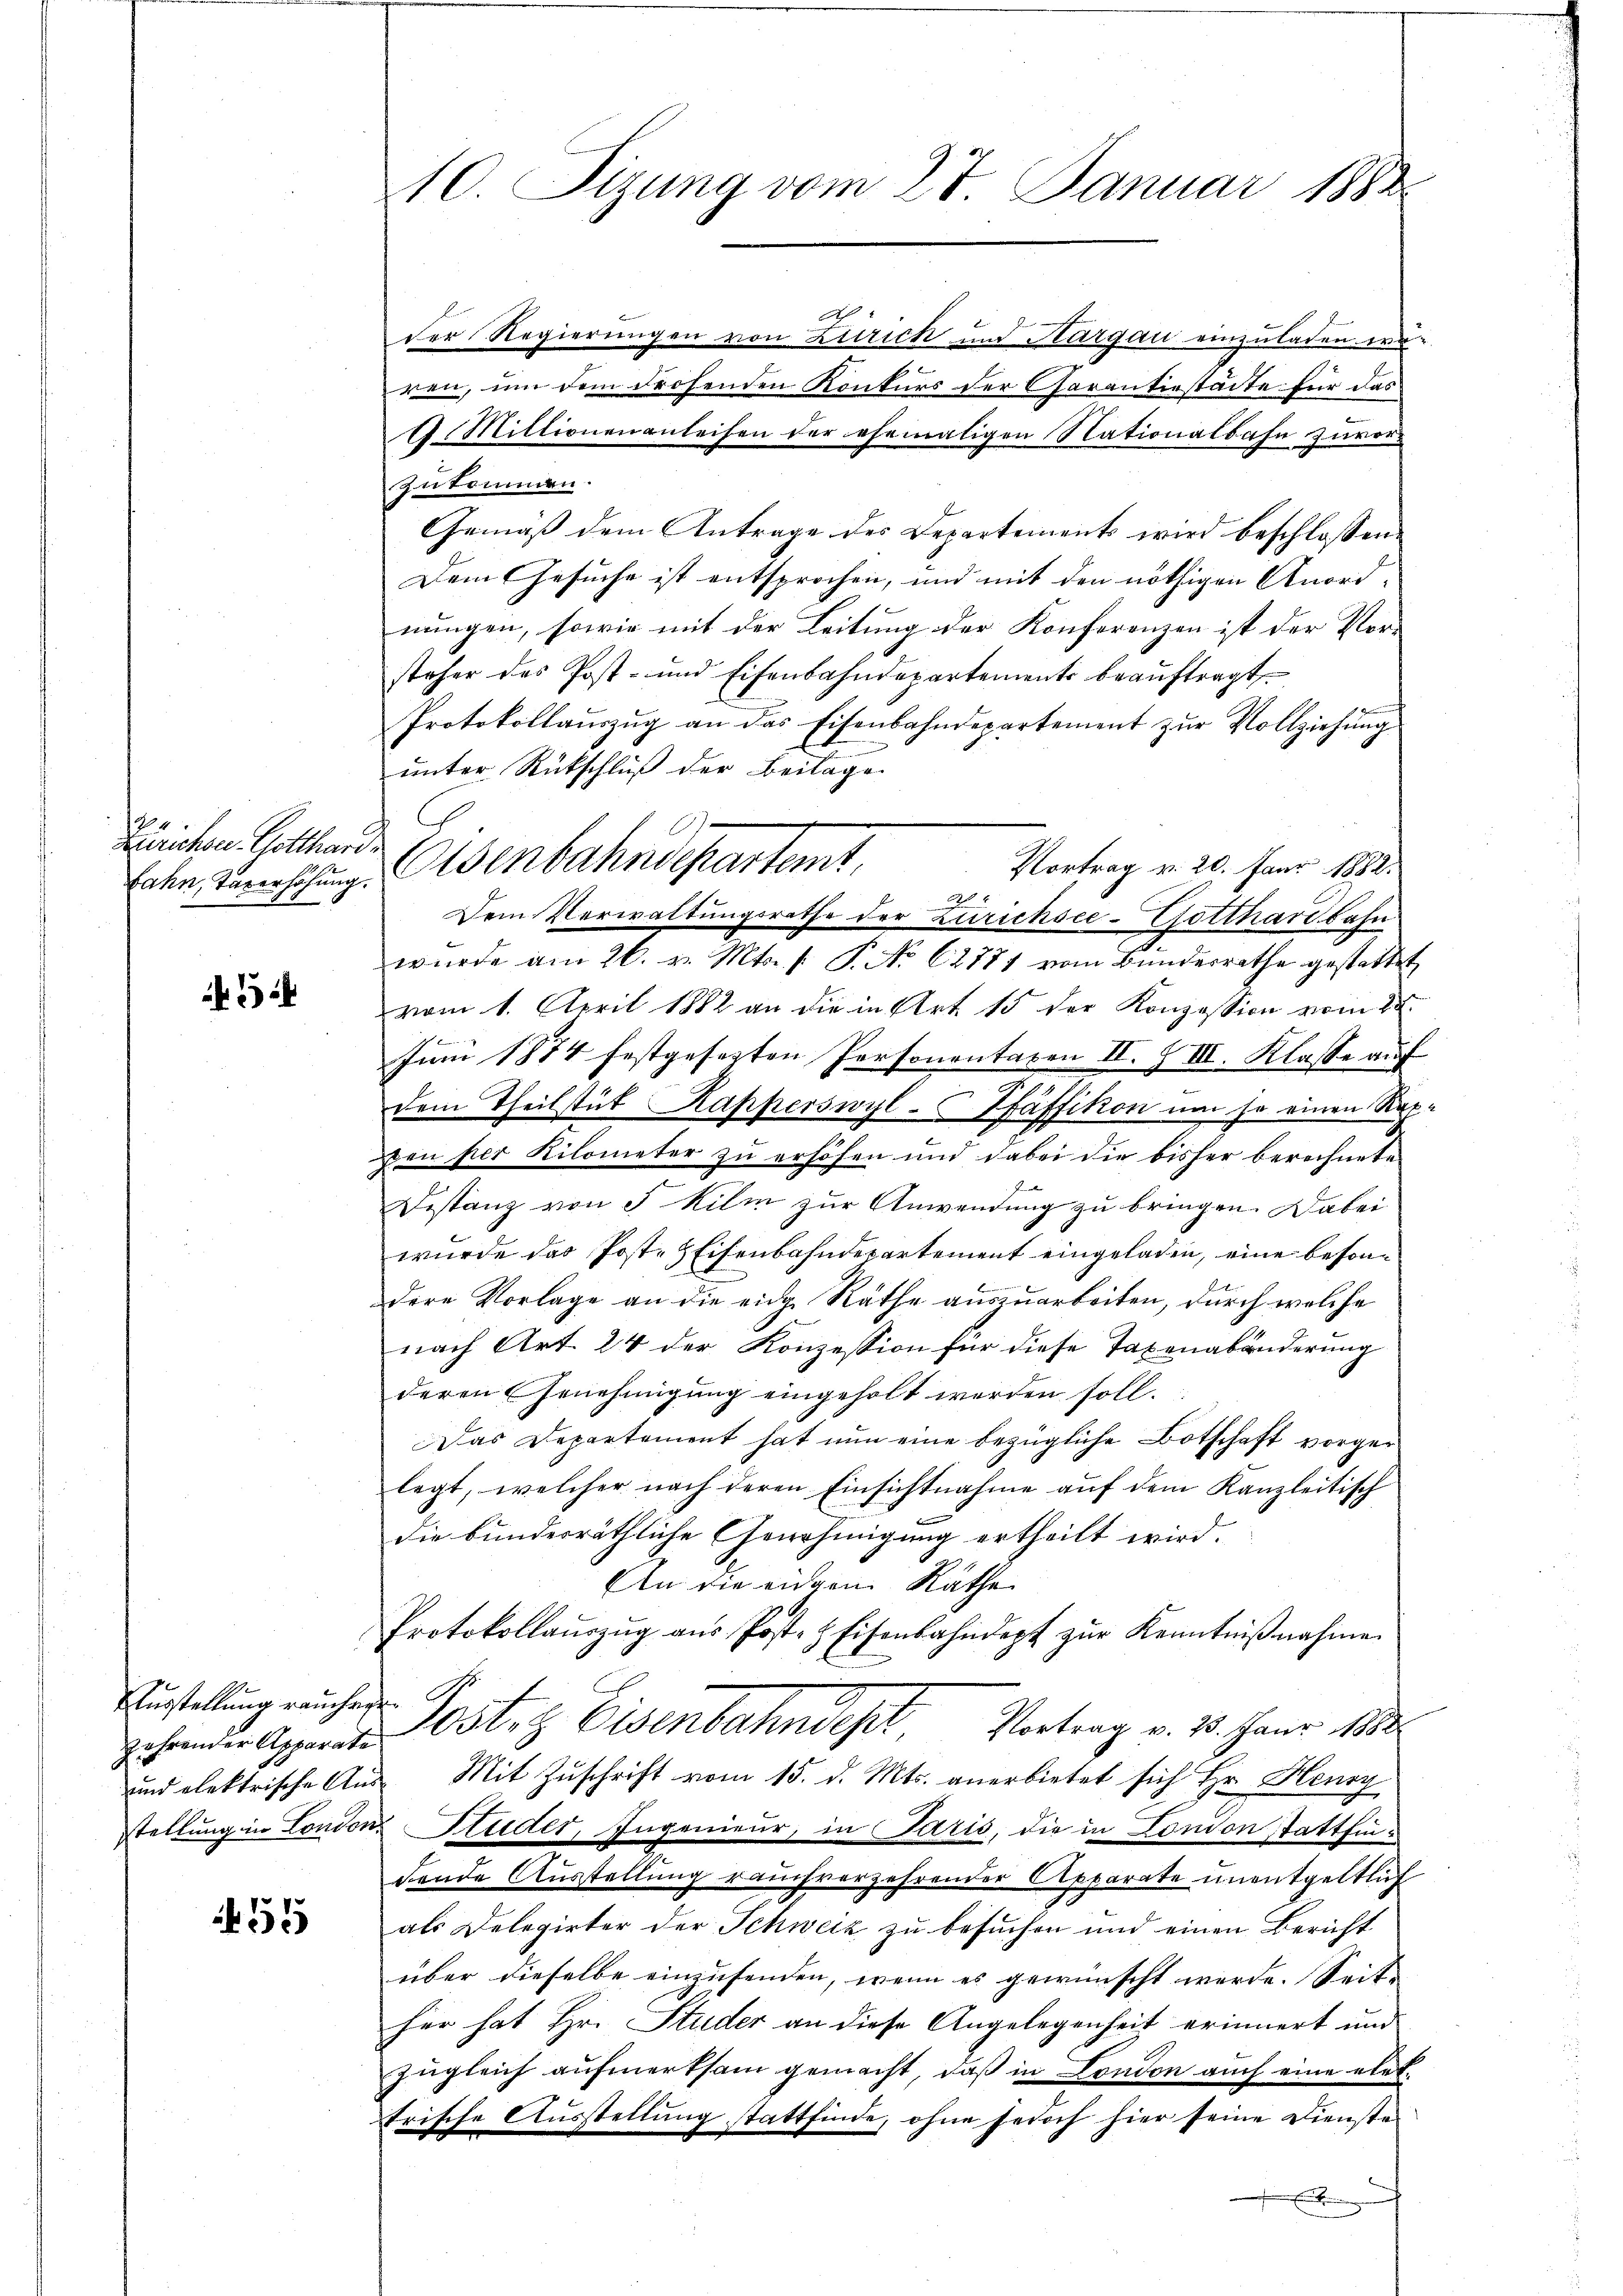
Zürichen. Gotthard.
Jahn, Taxerhöhung.

Ausstellung rauchege
und elektrische Aus-

55

10. Sizung vom 27. Januar 1888

der Regierungen von Zürick und Aargau einzuladen weren, um dem drohenden Konkurs der Charantiestädte für das
9. Millionen anleihen der ehemaligen Nationalbahn zuvor
zukommen.
Gemäß dem Antrage des Departements wird beschlossen:
Dem Gesuche ist entsprochen, und mit den nöthigen Anord-
nungen, sowie mit der Leitung der Konferenzen ist der Vorsteher des Post- und Eisenbahndepartements beauftragt
A
Protokollauszug an das Eisenbahndepartement zur Vollziehung
unter Rückschluß der Beilage
Dem Verwaltungsrathe der Zürichsee-Gotthardbahn
wurde am 26. v. Mts. v. P. No 62881 vom Bundesrathe gestattet
vom 1. April 1882 an die in Art. 15 der Konzession vom 28.
Juni 1874 festgesetzten Personentaxen II. Z III. Klasse auf
dem Theilstät Kapperswyl-Pfäffikon und ja einen Rei-
den per Kilometer zu erhöfen und dabei die bisher berechnete
F
Destanz von 5 Kilm zur Anwendung zu bringen. Dabei
wurde das Post-Eisenbahndepartement eingeladen, eine besondere Vorlage an die eige Räthe auszuarbeiten, durch welche
nach Art. 24 der Konzession für diese Taxenabänderung
deren Genehmigung eingeholt worden soll.
Das Departement hat nun eine bezügliche Botschaft vorgelegt, welcher nach deren Einsichtnahme auf dem Kanzleitisch
die bunderräthliche Genehmigung ertheilt wird.
An die einem Räthe
Protokollaŭszŭg aŭs Post- & Eisenbahndept zŭr Kenntniβnahme
gehender Aperte Kosten Eisenbahndept, Vortrag v. 18. Janr. 188
Mit Zuschrift vom 15. d. Mts. anerbietet sich Hr. Henry
stellung in London Studer, Ingenieur, in Paris, die in London stattfindende Ausstellung rauch verzehrender Apparate unentgeltlich
als Delegirter der Schweiz zu besuchen und einen Bericht
über dieselbe einzusenden, wenn es gewünscht werde. Seit
her hat Hr. Studer an diese Angelegenheit erinnert und
zugleich aufmerksam gemacht, daß in London auch eine elettrische Aŭsstellŭng stattfinde, ohne jedoch hier seine Dienste
E

Eisenbahndepartamt,
Vortrag v. 20. Janr 1882.
2